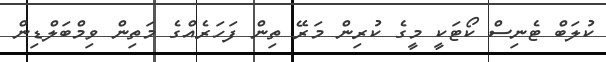
ކުލަބް ޓެނިސް ކޯޓަކީ މީގެ ކުރިން މަރޭ ތިން ފަހަރެއްގެ މަތިން ވިމްބަލްޑިން